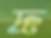
দ্রু